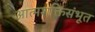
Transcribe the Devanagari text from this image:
आत्मशक्तिसंभूत